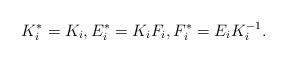
LaTeX: \begin{align*}K_{i}^{*} = K_{i}, E_{i}^{*} = K_{i} F_{i}, F_{i}^{*} = E_{i} K_{i}^{-1}.\end{align*}